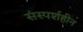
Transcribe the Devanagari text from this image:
संस्पर्शहीन